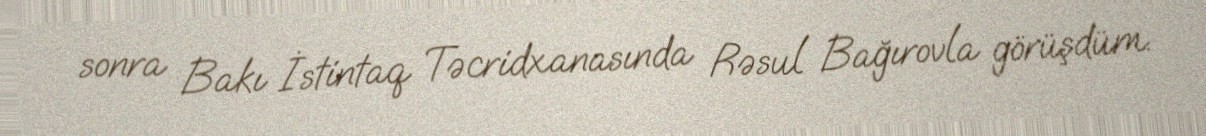
sonra Bakı İstintaq Təcridxanasında Rəsul Bağırovla görüşdüm.